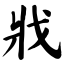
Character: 戕